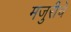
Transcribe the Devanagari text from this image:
मजुरीचे